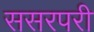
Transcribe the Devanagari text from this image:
ससरपरी